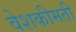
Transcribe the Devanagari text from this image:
वेशकीमती